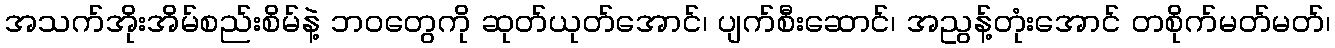
အသက်အိုးအိမ်စည်းစိမ်နဲ့ ဘဝတွေကို ဆုတ်ယုတ်အောင်၊ ပျက်စီးဆောင်၊ အညွန့်တုံးအောင် တစိုက်မတ်မတ်၊